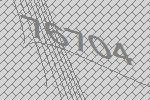
76704